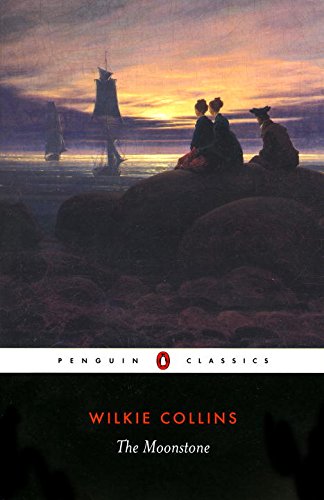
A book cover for The Moonstone (Penguin Classics); Wilkie Collins; Mystery, Thriller & Suspense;